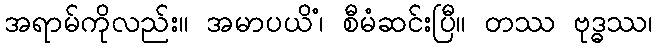
အရာမ်ကိုလည်း။ အမာပယိံ၊ စီမံဆင်းပြီ။ တဿ ဗုဒ္ဓဿ၊